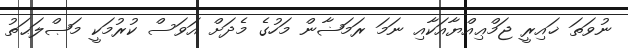
ނުވަތަ ޚައިރީ ޖަމްޢިއްޔާއަކާއި ނަމަ ރަމަޟާން މަހުގެ މެދަށް އަވަސް ކުރުމަކީ މަޞްލަޙަތު